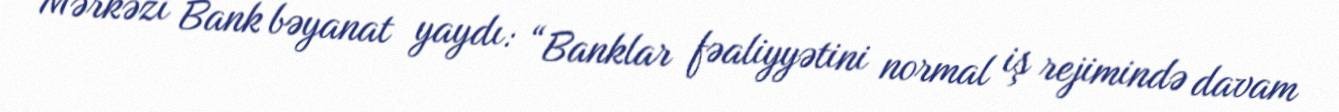
Mərkəzi Bank bəyanat yaydı: “Banklar fəaliyyətini normal iş rejimində davam